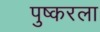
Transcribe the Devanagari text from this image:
पुष्करला